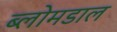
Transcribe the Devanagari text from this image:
ब्लोमडाल